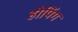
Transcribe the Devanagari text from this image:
होपिंग